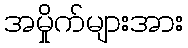
အမှိုက်များအား